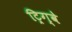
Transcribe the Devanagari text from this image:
ट्रिग्वे